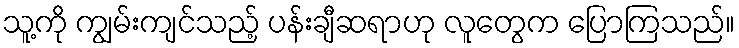
သူ့ကို ကျွမ်းကျင်သည့် ပန်းချီဆရာဟု လူတွေက ပြောကြသည်။